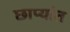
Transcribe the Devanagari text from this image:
छाप्यांत